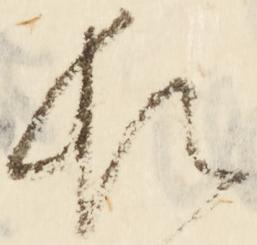
頓